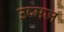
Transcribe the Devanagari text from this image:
उष्मज